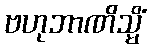
ဗဟုဘာဏိသ္မိံ